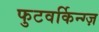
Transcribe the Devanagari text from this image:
फुटवर्किन्ग्ज़